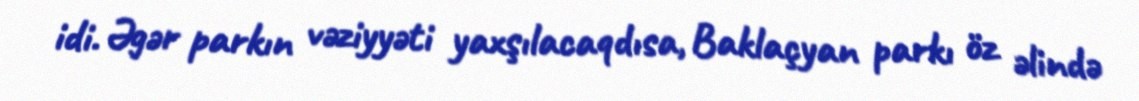
idi. Əgər parkın vəziyyəti yaxşılacaqdısa, Baklaçyan parkı öz əlində